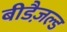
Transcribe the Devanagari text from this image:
बीडैज़ल्ड